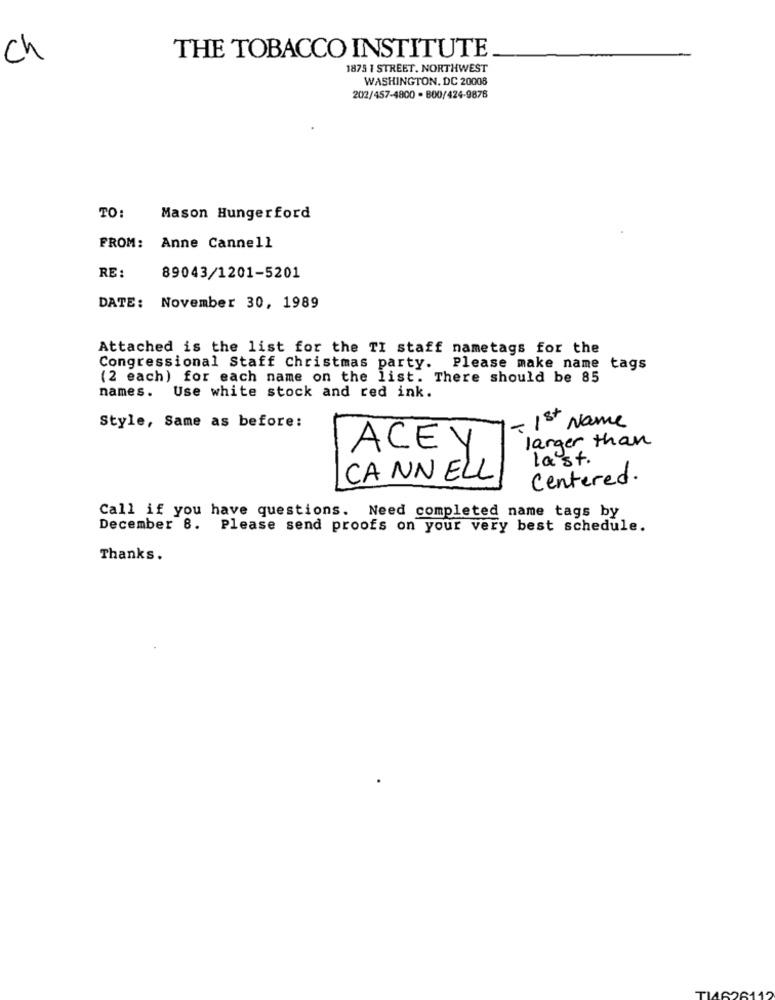
ch
THE TOBACCO INSTITUTE
1875 1 STREET, NORTHWEST
WASHINGTON, DC 20008
202/457-4800 · 800/424-9876
TO:
Mason Hungerford
FROM: Anne Cannell
RE :
89043/1201-5201
DATE: November 30, 1989
Attached is the list for the TI staff nametags for the
Congressional Staff Christmas party. Please make name tags
(2 each) for each name on the list. There should be 85
names.
Use white stock and red ink.
Style, Same as before:
- 1st Name
larger than
ACEY
last.
CANNELL
Centered.
Call if you have questions. Need completed name tags by
December 8. Please send proofs on your very best schedule.
Thanks.